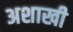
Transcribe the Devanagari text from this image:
अशाखी